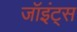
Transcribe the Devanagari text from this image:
जॉइंट्स